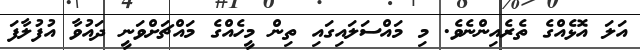
އަލަ އޮޅެއްގެ ތެރެއިންނެވެ. މި މައްސަލައިގައި ތިން މީހެއްގެ މައްޗަށްވަނީ ދައުވާ އުފުލާފަ